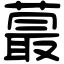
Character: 蕞